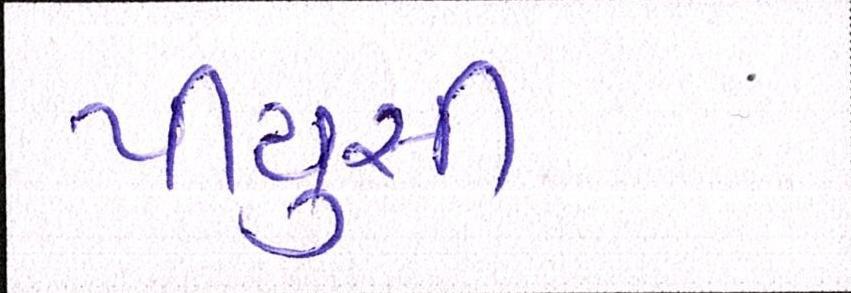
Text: પીયુસી